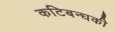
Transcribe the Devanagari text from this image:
कटिबन्धकी